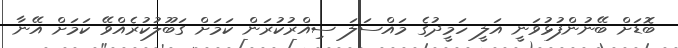
ބޮޑަށް ބޭނުންފުޅުވަނީ އަލީ ހަމީދުގެ މައްސަލަ ސިއްރުކުރަން ކަމަށް ގަބޫލުކުރެއްވޭ ކަމަށް އޭނާ